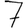
Digit: 7